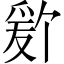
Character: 𬋫